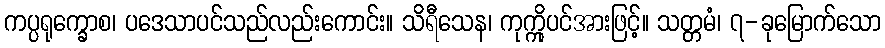
ကပ္ပရုက္ခောစ၊ ပဒေသာပင်သည်လည်းကောင်း။ သိရီသေန၊ ကုက္ကိုပင်အားဖြင့်။ သတ္တမံ၊ ၇-ခုမြောက်သော